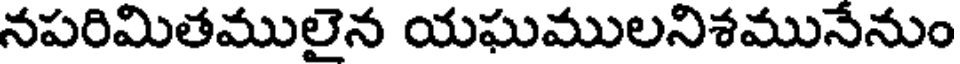
నపరిమితములైన యఘములనిశమునేనుం